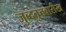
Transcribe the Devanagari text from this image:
जुब्दतुत्तवारीख